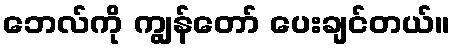
ဘေလ်ကို ကျွန်တော် ပေးချင်တယ်။